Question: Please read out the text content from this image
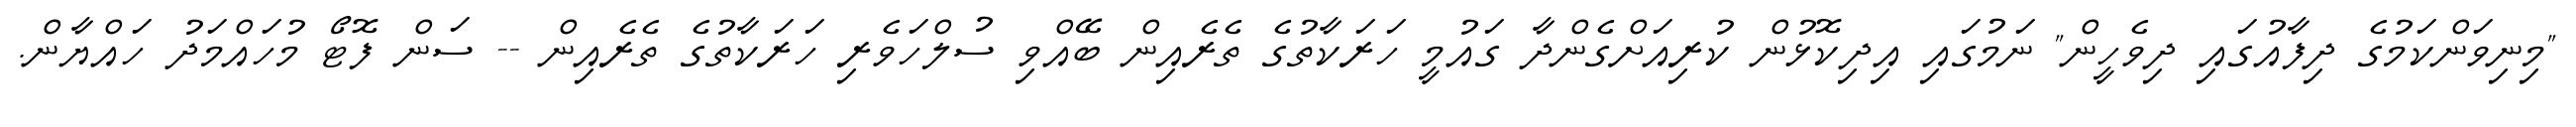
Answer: "މިނިވަންކަމުގެ ދިފާއުގައި ދިވެހީން" ނަމުގައި އިދިކޮޅުން ކުރިއަށްގެންދާ ގައުމީ ހަރަކާތުގެ ތެރެއިން ބޭއްވި ސުލްހަވެރި ހަރަކާތުގެ ތެރެއިން -- ސަން ފޮޓޯ މުހައްމަދު ހައްޔާން.